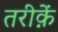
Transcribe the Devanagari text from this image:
तरीक़ें